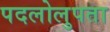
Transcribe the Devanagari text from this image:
पदलोलुपता